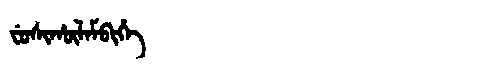
Manchu: ᠸᡠᠰᡳᡥᡡᠯᠠᠮᠪᡳᡥᡝ
Romanization: FUSIHŪLAMBIHE